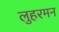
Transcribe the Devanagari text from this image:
लुहरमन